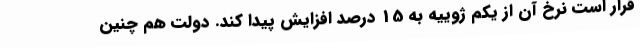
قرار است نرخ آن از یکم ژوییه به 15 درصد افزایش پیدا کند. دولت هم چنین